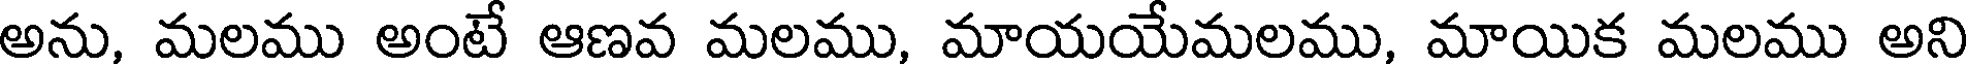
అను, మలము అంటే ఆణవ మలము, మాయయేమలము, మాయిక మలము అని